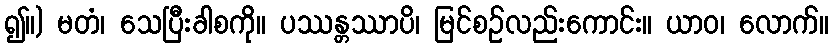
၍။) မတံ၊ သေပြီးခါစကို။ ပဿန္တဿာပိ၊ မြင်စဉ်လည်းကောင်း။ ယာဝ၊ လောက်။